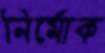
নির্মোক